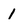
Character: 1